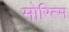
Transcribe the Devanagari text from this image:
मोरित्स